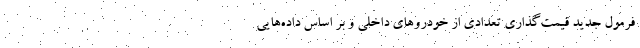
فرمول جدید قیمت‌گذاری تعدادی از خودروهای داخلی و بر اساس داده‌هایی